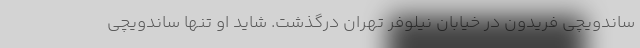
ساندویچی فریدون در خیابان نیلوفر تهران درگذشت. شاید او تنها ساندویچی